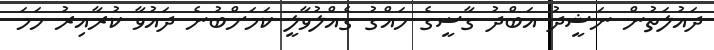
ދައުލަތުން ނަޝީދު އަބްދު ގާޟީގެ ހައްގު ގެއްލުވާލީ ކަމަށްބުނެ ދައުވާ ކުރާއިރު ހަމަ